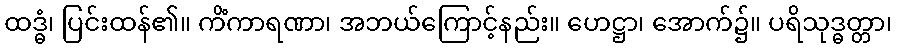
ထဒ္ဓံ၊ ပြင်းထန်၏။ ကိံကာရဏာ၊ အဘယ်ကြောင့်နည်း။ ဟေဋ္ဌာ၊ အောက်၌။ ပရိသုဒ္ဓတ္တာ၊